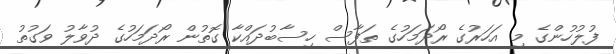
ފުލުހުންގެ މި އަހަރުގެ ރޯދަމަހުގެ ތަފާސް ހިސާބުދައްކާ ގޮތުން ރޯދަމަހުގެ ދުވާލު ވަގުތު